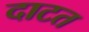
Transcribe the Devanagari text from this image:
दाटत